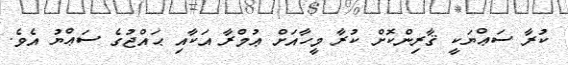
ކުރާ ސަޢްޔަކީ ޤާރިންކޮށް ކުރާ މީހާއަށް ޢުމްރާ އަކާއި ޙައްޖުގެ ސަޢްޔު އެވެ.